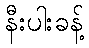
နီးပါးခန့်